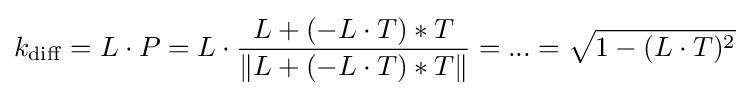
k_{\mathrm {diff} }=L\cdot P=L\cdot {\frac {L+(-L\cdot T)*T}{\|L+(-L\cdot T)*T\|}}=...={\sqrt {1-(L\cdot T)^{2}}}